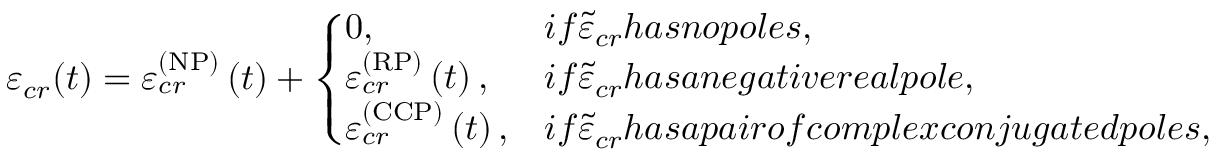
\varepsilon _ { c r } ( t ) = \varepsilon _ { c r } ^ { \left( \mathrm { N P } \right) } \left( t \right) + \left\{ \! \! \! \begin{array} { l l } { 0 , } & { i f \tilde { \varepsilon } _ { c r } h a s n o p o l e s , \smallskip } \\ { \varepsilon _ { c r } ^ { \left( \mathrm { R P } \right) } \left( t \right) , } & { i f \tilde { \varepsilon } _ { c r } h a s a n e g a t i v e r e a l p o l e , \smallskip } \\ { \varepsilon _ { c r } ^ { \left( \mathrm { C C P } \right) } \left( t \right) , } & { i f \tilde { \varepsilon } _ { c r } h a s a p a i r o f c o m p l e x c o n j u g a t e d p o l e s , } \end{array} \ \right.